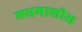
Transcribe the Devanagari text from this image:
मधमाशीस